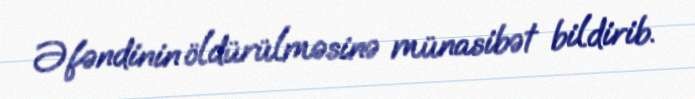
Əfəndinin öldürülməsinə münasibət bildirib.